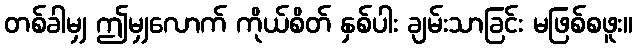
တစ်ခါမျှ ဤမျှလောက် ကိုယ်စိတ် နှစ်ပါး ချမ်းသာခြင်း မဖြစ်စဖူး။